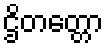
ဌိတတ္တော